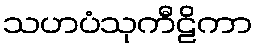
သဟပံသုကီဠိကာ